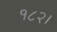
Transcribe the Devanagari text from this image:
१८२।